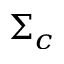
\Sigma _ { c }